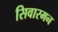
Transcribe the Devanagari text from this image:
सिवारमन